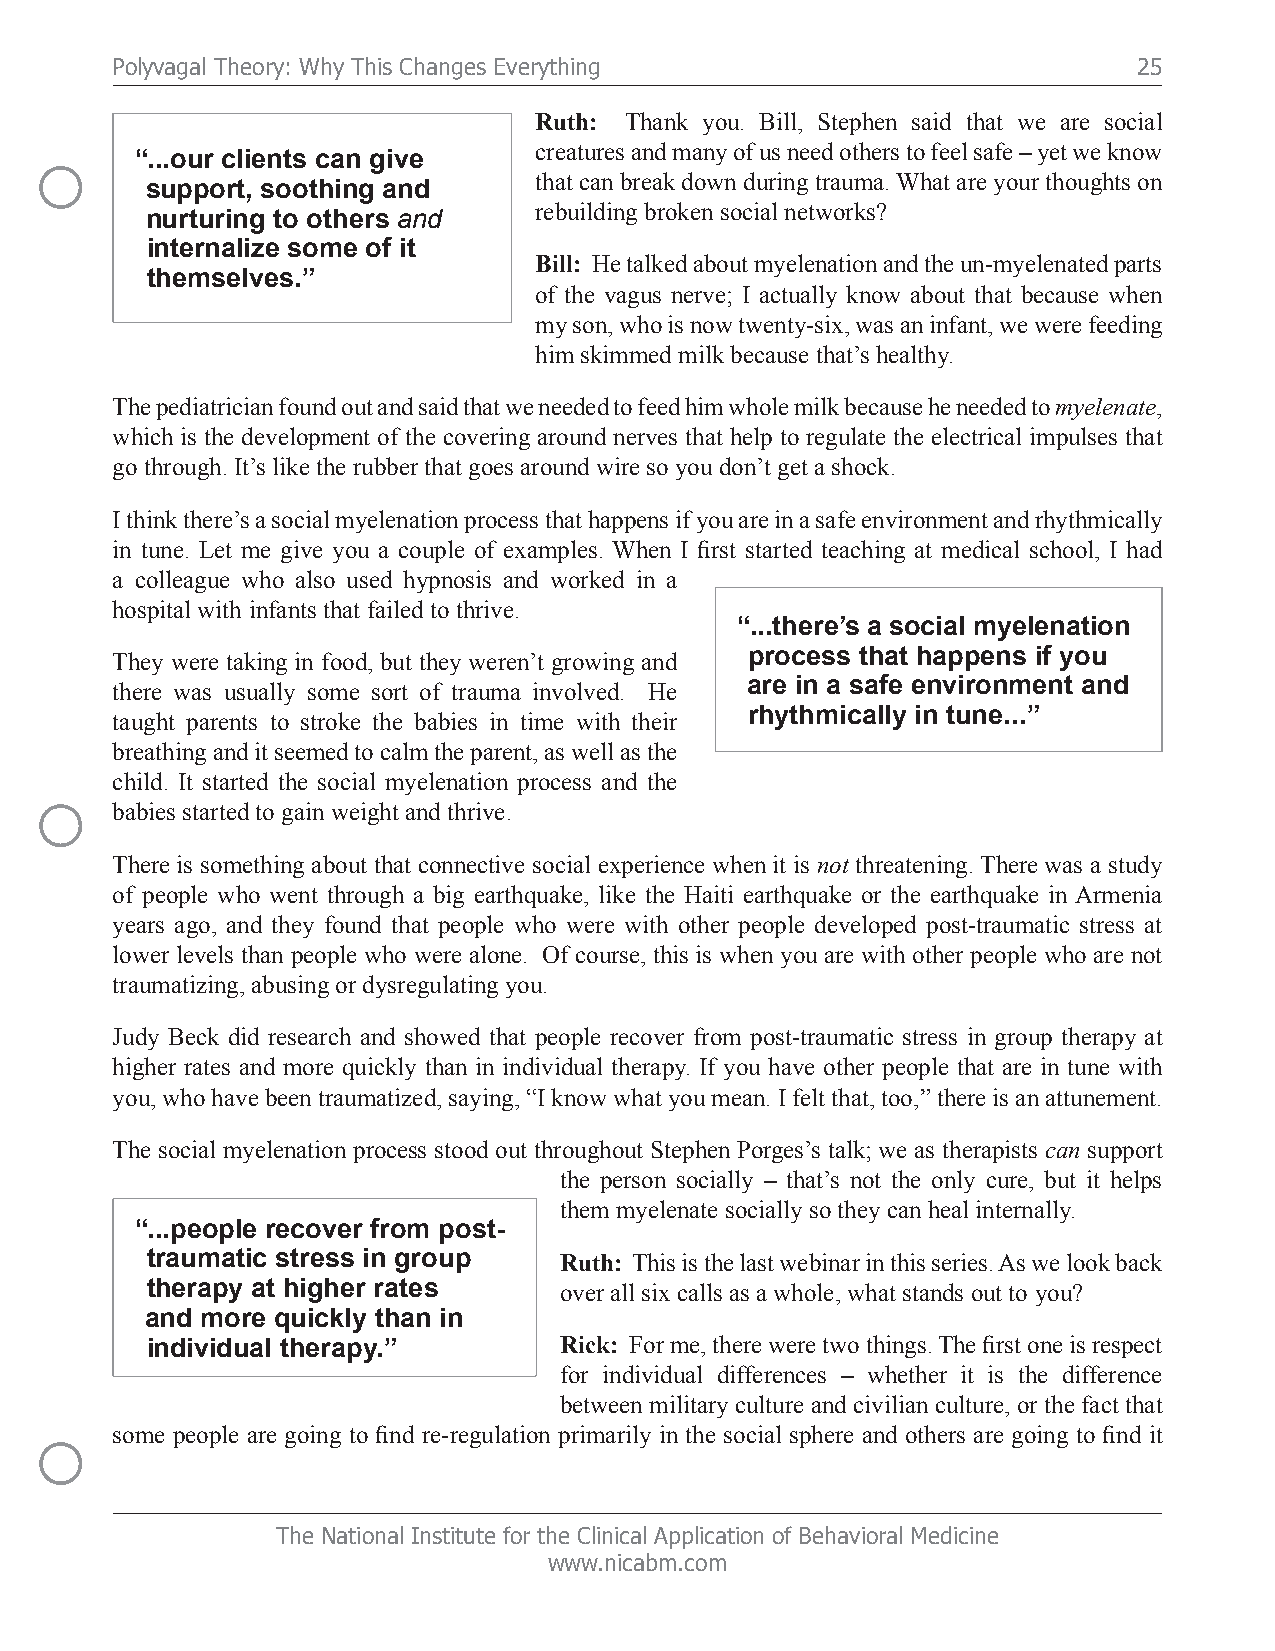
Polyvagal Theory: Why This Changes Everything                       25
 Ruth: Thank you. Bill, Stephen said that we are social
 ○      “...our clients can give  creatures and many of us need others to feel safe – yet we know
 that can break down during trauma. What are your thoughts on
 support, soothing and
 rebuilding broken social networks?
 nurturing to others and
 internalize some of it
 Bill: He talked about myelenation and the un-myelenated parts
 themselves.”
 of the vagus nerve; I actually know about that because when
 my son, who is now twenty-six, was an infant, we were feeding
 him skimmed milk because that’s healthy.
 The pediatrician found out and said that we needed to feed him whole milk because he needed to myelenate,
 which is the development of the covering around nerves that help to regulate the electrical impulses that
 go through. It’s like the rubber that goes around wire so you don’t get a shock.
 I think there’s a social myelenation process that happens if you are in a safe environment and rhythmically
 in tune. Let me give you a couple of examples. When I first started teaching at medical school, I had
 a colleague who also used hypnosis and worked in a
 hospital with infants that failed to thrive.
 “...there’s a social myelenation
 They were taking in food, but they weren’t growing and process that happens if you
 there was usually some sort of trauma involved. He are in a safe environment and
 taught parents to stroke the babies in time with their rhythmically in tune...”
 breathing and it seemed to calm the parent, as well as the
 child. It started the social myelenation process and the
 ○
 babies started to gain weight and thrive.
 There is something about that connective social experience when it is not threatening. There was a study
 of people who went through a big earthquake, like the Haiti earthquake or the earthquake in Armenia
 years ago, and they found that people who were with other people developed post-traumatic stress at
 lower levels than people who were alone. Of course, this is when you are with other people who are not
 traumatizing, abusing or dysregulating you.
 Judy Beck did research and showed that people recover from post-traumatic stress in group therapy at
 higher rates and more quickly than in individual therapy. If you have other people that are in tune with
 you, who have been traumatized, saying, “I know what you mean. I felt that, too,” there is an attunement.
 The social myelenation process stood out throughout Stephen Porges’s talk; we as therapists can support
 the person socially – that’s not the only cure, but it helps
 them myelenate socially so they can heal internally.
 “...people recover from post-
 traumatic stress in group  Ruth: This is the last webinar in this series. As we look back
 therapy at higher rates    over all six calls as a whole, what stands out to you?
 and more quickly than in
 individual therapy.”       Rick: For me, there were two things. The first one is respect
 for individual differences – whether it is the difference
 between military culture and civilian culture, or the fact that
 ○    some people are going to find re-regulation primarily in the social sphere and others are going to find it
 The National Institute for the Clinical Application of Behavioral Medicine
 www.nicabm.com